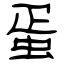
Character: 蛋